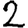
Digit: 2